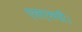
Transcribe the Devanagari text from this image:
एसएसपी।